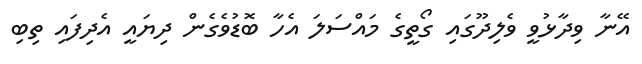
އޭނާ ވިދާޅުވީ ވެލިދޫގައި ގޯތީގެ މައްސަލަ އެހާ ބޮޑުވެގެން ދިޔައީ އެދިފައި ތިބި